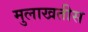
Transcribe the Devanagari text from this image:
मुलाखतीस